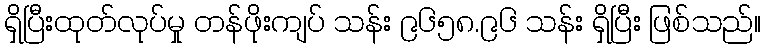
ရှိပြီးထုတ်လုပ်မှု တန်ဖိုးကျပ် သန်း ၉၆၅၈.၉၆ သန်း ရှိပြီး ဖြစ်သည်။